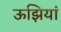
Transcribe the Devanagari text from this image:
ऊझियां